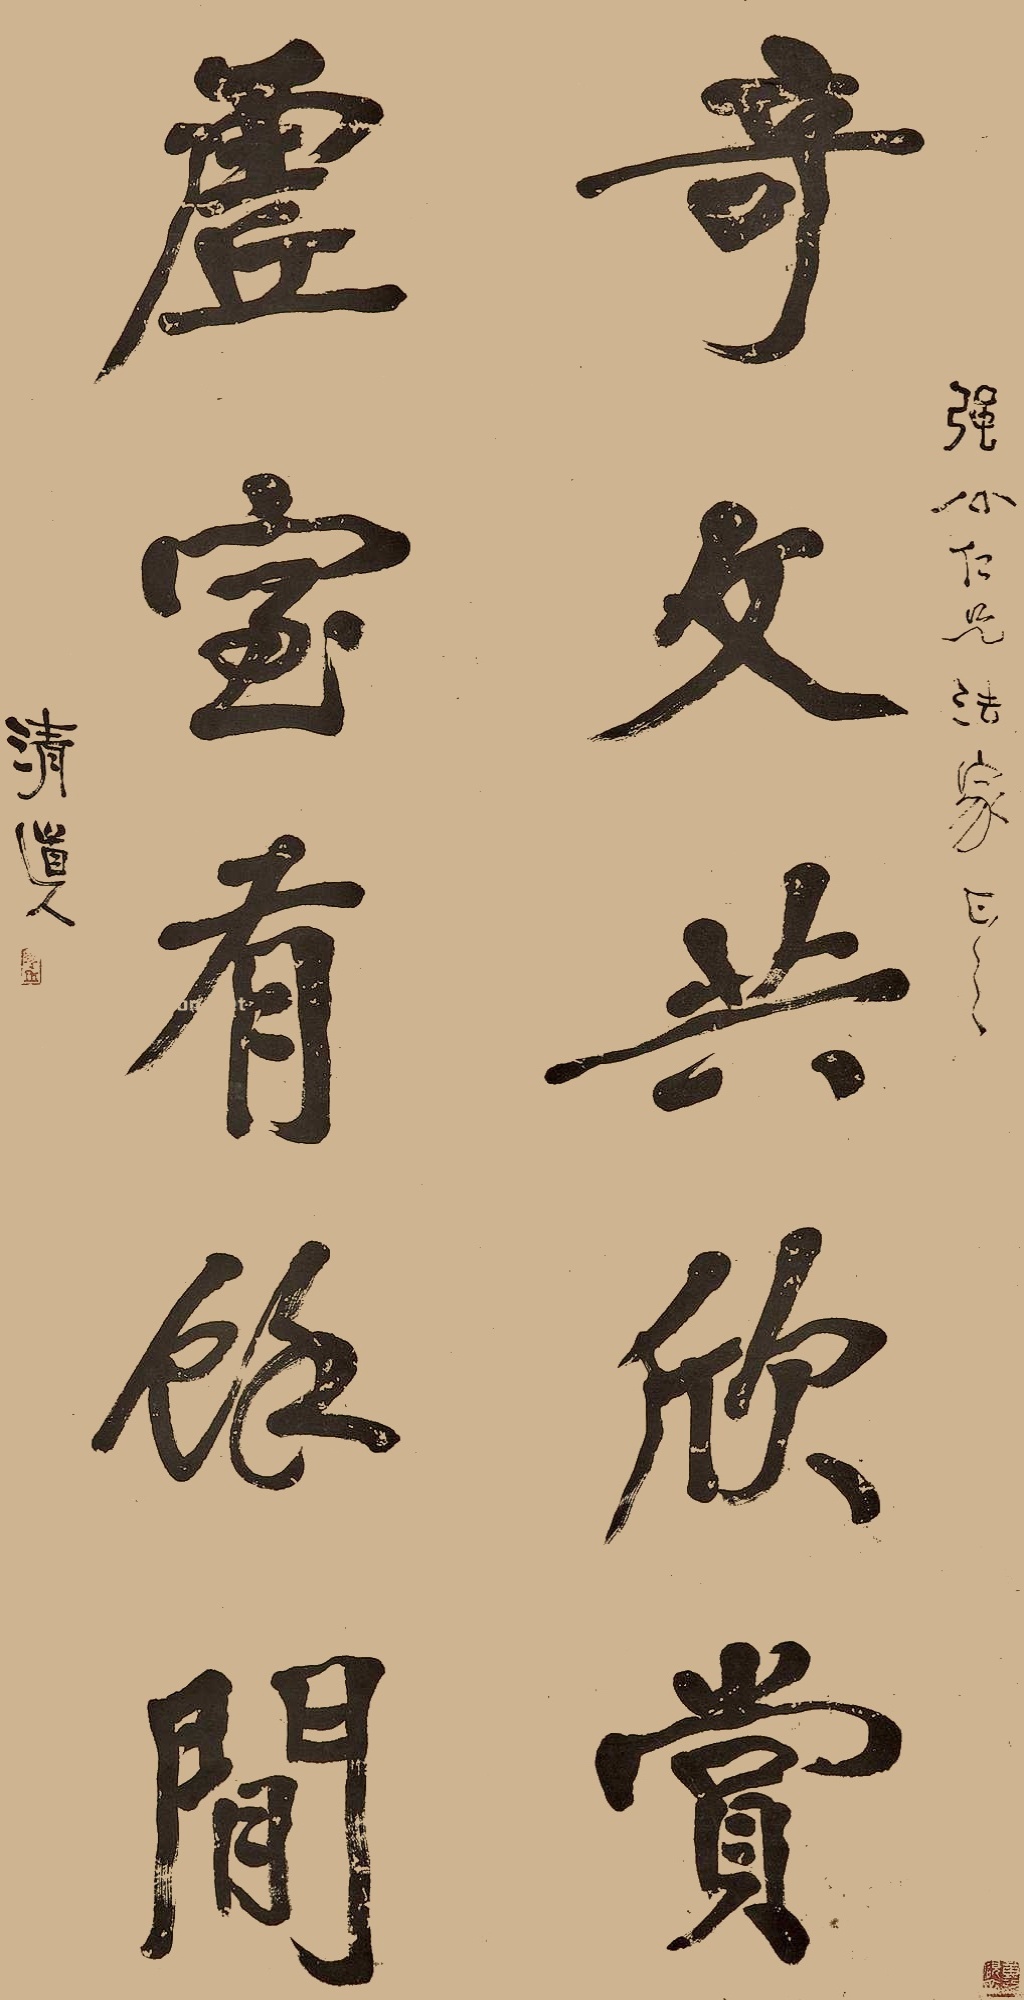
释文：强公仁兄法家正之。奇文共欣赏，虚室有余闲。清道人。